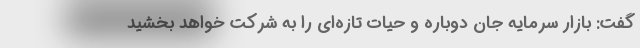
گفت: بازار سرمایه جان دوباره و حیات تازه‌ای را به شرکت خواهد بخشید